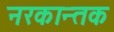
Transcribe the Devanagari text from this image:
नरकान्तक